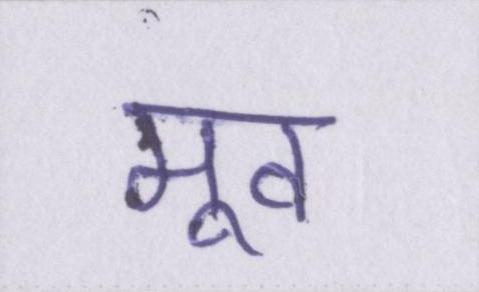
मूव